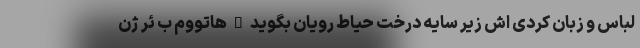
لباس و زبان کردی اش زیر سایه درخت حیاط رویان بگوید " هاتووم ب ئر ژن